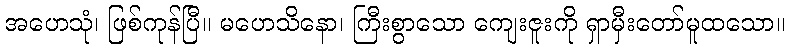
အဟေသုံ၊ ဖြစ်ကုန်ပြီ။ မဟေသိနော၊ ကြီးစွာသော ကျေးဇူးကို ရှာမှီးတော်မူထသော။